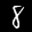
Label: 8